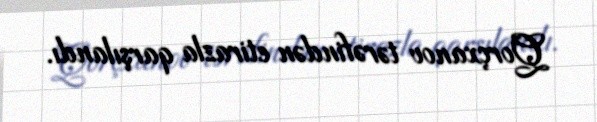
Qorçxanov tərəfindən etirazla qarşılandı.